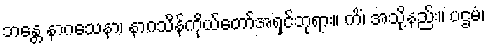
ဘန္တေ နာဂသေနာ၊ နာဂသိန်ကိုယ်တော်အရှင်ဘုရား။ ကိံ၊ အသို့နည်း။ ပဌမံ၊